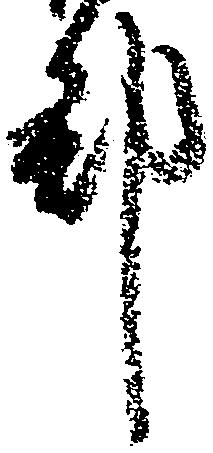
郡